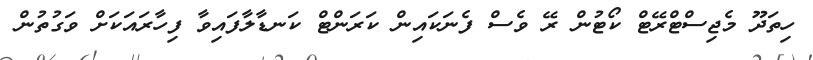
ހިތަދޫ މެޖިސްޓްރޭޓް ކޯޓުން ރޭ ވެސް ފެނަކައިން ކަރަންޓް ކަނޑާލާފައިވާ ފިހާރައަކަށް ވަގުތުން